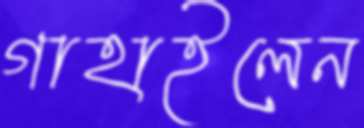
গাহাইলেন